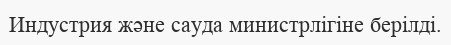
Индустрия және сауда министрлігіне берілді.